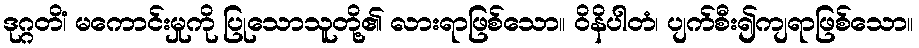
ဒုဂ္ဂတိံ၊ မကောင်းမှုကို ပြုသောသူတို့၏ လားရာဖြစ်သော။ ဝိနိပါတံ၊ ပျက်စီး၍ကျရာဖြစ်သော။